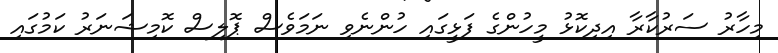
މިހާރު ސަރުކާރާ އިދިކޮޅު މީހުންގެ ފަޅީގައި ހުންނެވި ނަމަވެސް ޕޮލިސް ކޮމިޝަނަރު ކަމުގައި